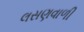
લસણવાળી